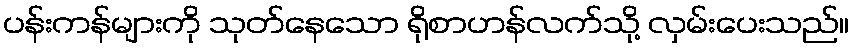
ပန်းကန်များကို သုတ်နေသော ရိုစာဟန်လက်သို့ လှမ်းပေးသည်။